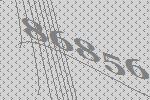
86856